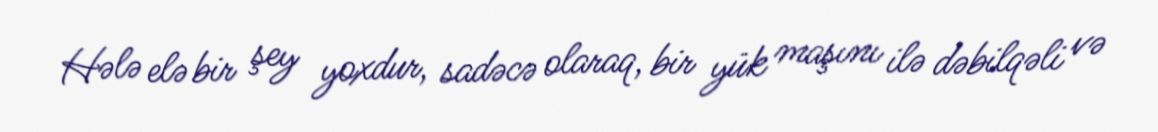
Hələ elə bir şey yoxdur, sadəcə olaraq, bir yük maşını ilə dəbilqəli və